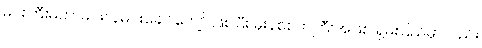
မင်းကြီးမဟာမင်းလှမင်းခေါင်ကျော် ဖြစ်ပြီး မိုးနဲစစ်ကဲကြီးအဖြစ် ရှမ်းပြည်မှာလည်း